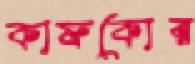
কাফকোর